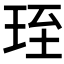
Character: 𤥇